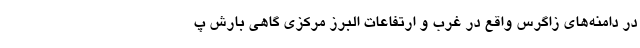
در دامنه‌های زاگرس واقع در غرب و ارتفاعات البرز مرکزی گاهی بارش پ